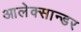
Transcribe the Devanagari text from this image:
आलेक्सान्डर